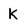
Character: K